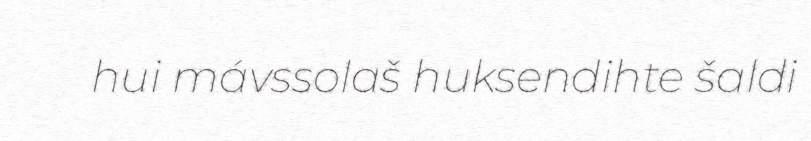
hui mávssolaš huksendihte šaldi